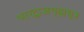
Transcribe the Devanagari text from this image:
भारद्वाजगृह्यसूत्र